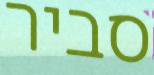
סביר